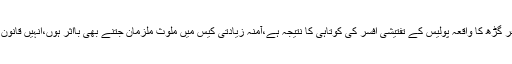
رانا ثناء اللہ کا کہنا تھا کہ مظفر گڑھ کا واقعہ پولیس کے تفتیشی افسر کی کوتاہی کا نتیجہ ہے،آمنہ زیادتی کیس میں ملوث ملزمان جتنے بھی بااثر ہوں،انہیں قانون کے کٹہرے میں لایا جائے گا۔